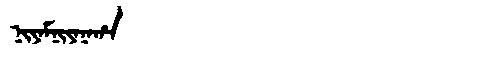
Manchu: ᠨᡳᠶᠠᠮᠨᡳᠶᠠᠨᠠᡥᠠ
Romanization: NIYAMNIYANAHA